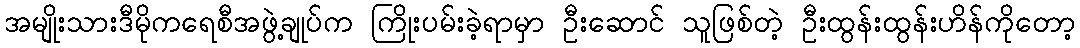
အမျိုးသားဒီမိုကရေစီအဖွဲ့ချုပ်က ကြိုးပမ်းခဲ့ရာမှာ ဦးဆောင် သူဖြစ်တဲ့ ဦးထွန်းထွန်းဟိန်ကိုတော့